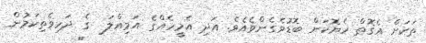
ތަކަށް އެގޮތް ހެޔޮކަން ބޮޑުވެގެންވެއެވެ. އަދި އެމީހެއްގެ އަމިއްލަ  ގެ ދަހިވެތިކަމުން